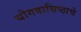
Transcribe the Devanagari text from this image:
योगवासिष्ठाचे